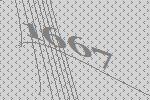
1667